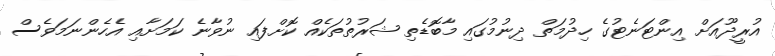
އުރީދޫއަށް އިންޓަނެޓުގެ ހިދުމަތް ދިނުމުގައި މާބޮޑެތި ޝަރުތުތަކެއް ކޮށްފައި ނުވާނެ ކަމަށާއި އެހެންނަމަވެސް